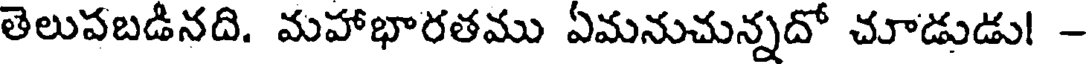
తెలుపబడినది. మహాభారతము ఏమనుచున్నదో చూడుడు! -